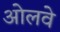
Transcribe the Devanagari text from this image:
ओलवे